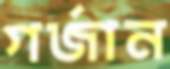
গর্‌জান